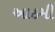
આઠમી